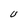
Character: U